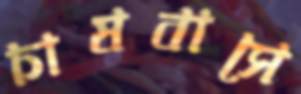
চাষবাসে